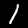
Digit: 1